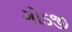
ગોડજી